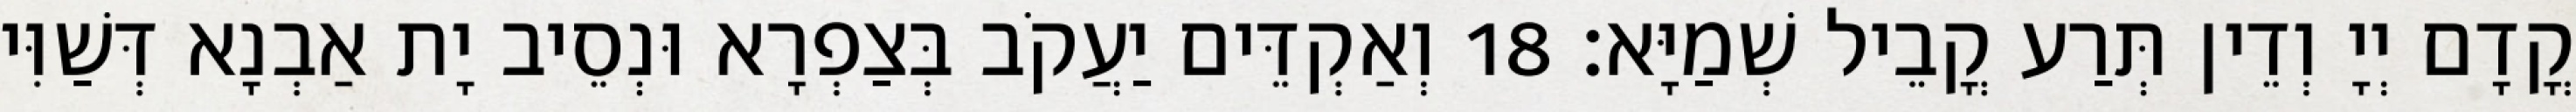
קֳדָם יְיָ וְדֵין תְּרַע קֳבֵיל שְׁמַיָּא׃ 18 וְאַקְדֵּים יַעֲקֹב בְּצַפְרָא וּנְסֵיב יָת אַבְנָא דְּשַׁוִּי